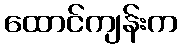
ထောင်ကျန်းက